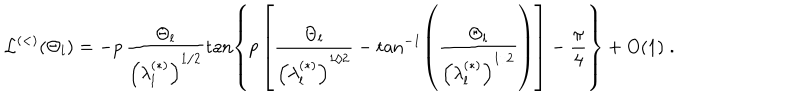
LaTeX: { \mathcal L } ^ { ( < ) } ( \Theta _ { l } ) = - p \, \frac { \Theta _ { l } } { \left( \lambda _ { l } ^ { ( \ast ) } \right) ^ { 1 / 2 } } \tan \left\{ p \left[ \frac { \Theta _ { l } } { \left( \lambda _ { l } ^ { ( \ast ) } \right) ^ { 1 / 2 } } - \tan ^ { - 1 } \left( \frac { \Theta _ { l } } { \left( \lambda _ { l } ^ { ( \ast ) } \right) ^ { 1 / 2 } } \right) \right] - \frac { \pi } { 4 } \right\} + O ( 1 ) \; .